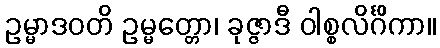
ဥမ္မာဒဝတိ ဥမ္မတ္တော၊ ခုဇ္ဇာဒီ ဝါစ္စလိင်္ဂိကာ။